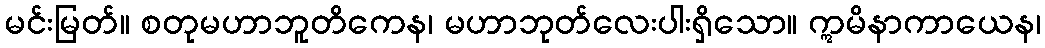
မင်းမြတ်။ စတုမဟာဘူတိကေန၊ မဟာဘုတ်လေးပါးရှိသော။ ဣမိနာကာယေန၊